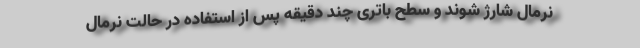
نرمال شارژ شوند و سطح باتری چند دقیقه پس از استفاده در حالت نرمال